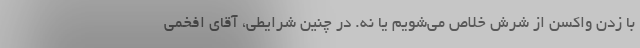
با زدن واکسن از شرش خلاص می‌شویم یا نه. در چنین شرایطی، آقای افخمی